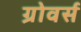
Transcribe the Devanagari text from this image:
ग्रोवर्स